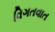
વિગતવાત